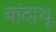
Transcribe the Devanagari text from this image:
यांदाधू